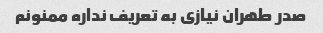
صدر طهران نیازی به تعریف نداره ممنونم